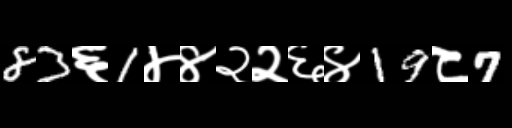
Text: 83६1४४२२६४19८7